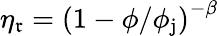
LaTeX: \eta_{\mathfrak{r}}=\left(1-\phi/\phi_{\mathrm{{j}}}\right)^{-\beta}